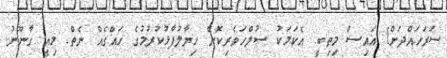
ސަރަހައްދަށް] އައިސް މިތިބީ. އެކަމަކު ސުލްހަވެރިކޮށް ހިޔާލުފާޅުކުރުމުގެ ހައްގެއް ނެތް. މިއީ ގާނޫނު